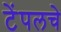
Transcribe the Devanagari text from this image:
टेंपलचे